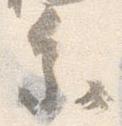
参